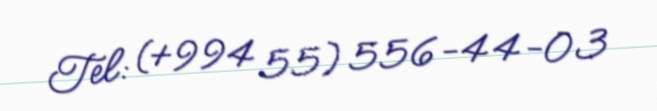
Tel: (+994 55) 556-44-03